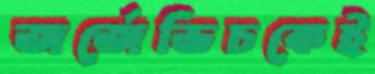
জর্জেভিচকেই